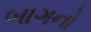
બાગનો